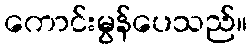
ကောင်းမွန်ပေသည်။